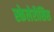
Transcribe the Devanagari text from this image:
स्केलेरौसिस